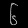
Digit: ၆